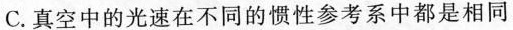
C.真空中的光速在不同的惯性参考系中都是相同